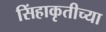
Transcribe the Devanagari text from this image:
सिंहाकृतीच्या